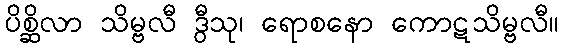
ပိစ္ဆိလာ သိမ္ဗလီ ဒွီသု၊ ရောစနော ကောဋသိမ္ဗလီ။